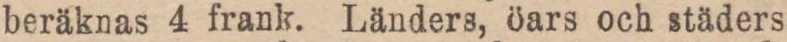
beräknas 4 frank. Länders, öars och städers